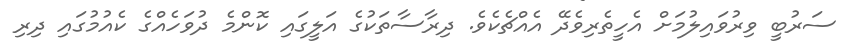
ސަރުބީ ވިރުވައިލުމަށް އެހީތެރިވެދޭ އެއްޗެކެވެ. ދިރާސާތަކުގެ އަލީގައި ކޮންމެ ދުވަހެއްގެ ކެއުމުގައި ދިރި